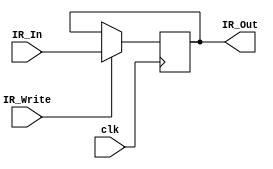
module IR(
    input [31:0] IR_In,
    input IR_Write,
    input clk,
    output reg [31:0] IR_Out
);
initial
begin
    IR_Out = 0;
end

always @(posedge clk) begin
    if (IR_Write)
    begin
        IR_Out <= IR_In;
    end
end
endmodule